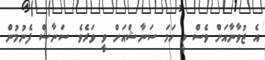
އެ ޒުވާނާއަށް ވެސް ވީ ހަމަ ސަނާޝްއަށް ވީ ވަރެވެ. ސަނާޝް ފެނުމުން